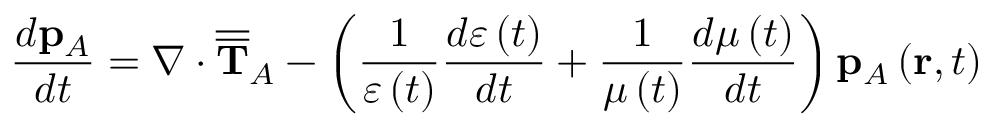
\frac { d \mathbf { p } _ { A } } { d t } = \nabla \cdot \overline { { \overline { { \mathbf { T } } } } } _ { A } - \left( \frac { 1 } { \varepsilon \left( t \right) } \frac { d \varepsilon \left( t \right) } { d t } + \frac { 1 } { \mu \left( t \right) } \frac { d \mu \left( t \right) } { d t } \right) \mathbf { p } _ { A } \left( \mathbf { r } , t \right)